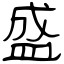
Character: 盛